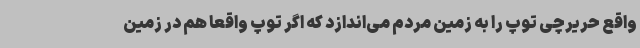
واقع حریرچی توپ را به زمین مردم می‌اندازد که اگر توپ واقعا هم در زمین